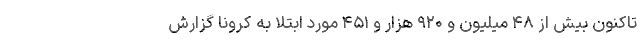
تاکنون بیش از ۴۸ میلیون و ۹۲۰ هزار و ۴۵۱ مورد ابتلا به کرونا گزارش